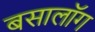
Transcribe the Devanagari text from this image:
बसालॉग